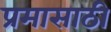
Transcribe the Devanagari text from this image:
प्रमासाठी